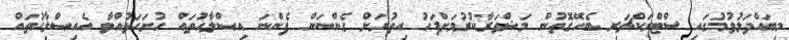
މިބައްދަލުވުމުގައި ސްޓްރަކްޗަރ ބެހޭގޮތުން މަޝްވަރާކުރުމަށްފަހު އިތުރަށް ގެންނަން ފެންނަ އިޞްލާހުތައް ހުށަހަޅުއްވާ އެއިޞްލާޙުތައް